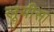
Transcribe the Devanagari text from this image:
लूयीसा